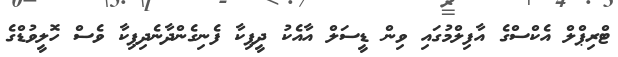
ޓްރިޕްލް އެކްސްގެ އާފިލްމުގައި ވިން ޑީސަލް އާއެކު ދީޕިކާ ފެނިގެންދާނެދިޕިކާ ވެސް ހޮލީވުޑްގެ